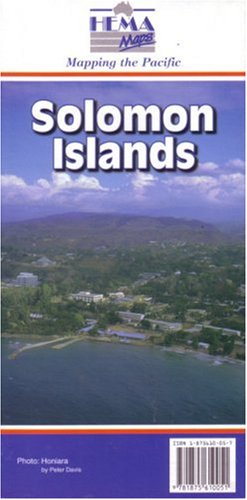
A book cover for Solomon Islands (Hema Maps International); South Pacific Maps Pty Ltd; Travel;